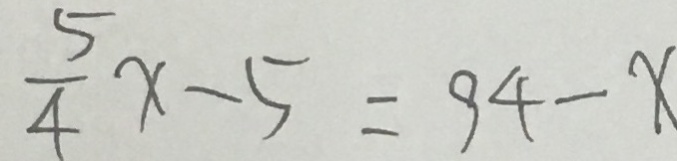
\frac { 5 } { 4 } x - 5 = 9 4 - x